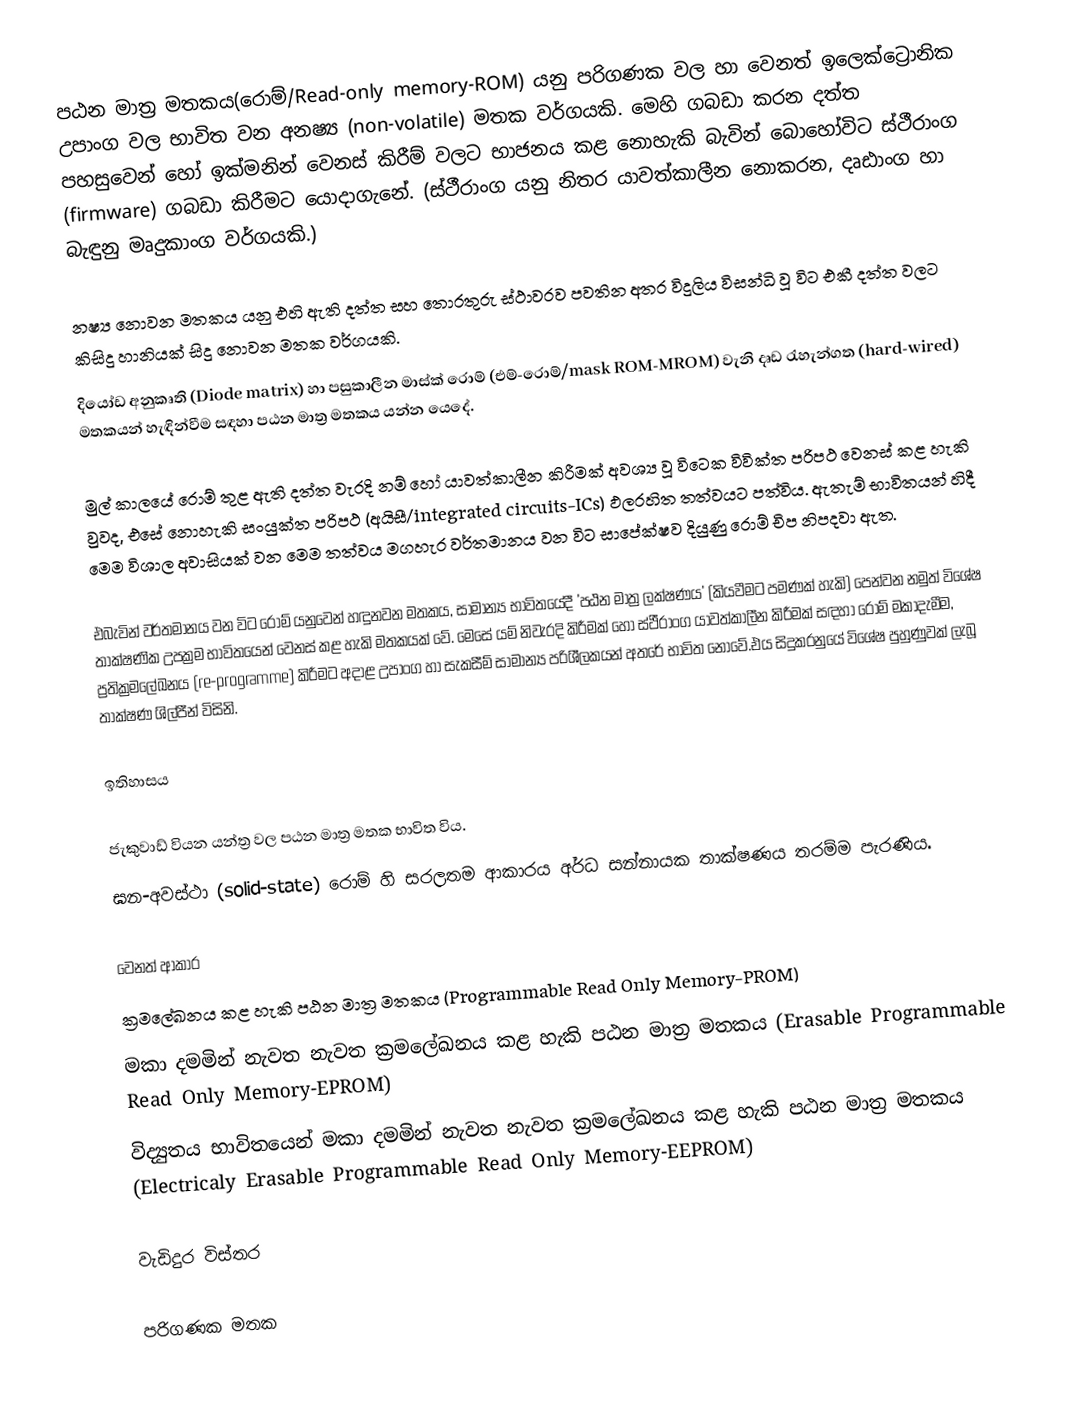
පඨන මාත්‍ර මතකය(රොම්/Read-only memory-ROM) යනු පරිගණක වල හා වෙනත් ඉලෙක්ට්‍රොනික උපාංග වල භාවිත වන අනෂ්‍ය (non-volatile) මතක වර්ගයකි. මෙහි ගබඩා කරන දත්ත පහසුවෙන් හෝ ඉක්මනින් වෙනස් කිරීම් වලට භාජනය කළ නොහැකි බැවින් බොහෝවිට ස්ථීරාංග (firmware) ගබඩා කිරීමට යොදාගැනේ. (ස්ථීරාංග යනු නිතර යාවත්කාලීන නොකරන, දෘඪාංග හා බැඳුනු මෘදුකාංග වර්ගයකි.)

නෂ්‍ය නොවන මතකය යනු එහි ඇති දත්ත සහ තොරතුරු ස්ථාවරව පවතින අතර විදුලිය විසන්ධි වූ විට  එකී දත්ත වලට කිසිදු හානියක් සිදු නොවන මතක වර්ගයකි.
දියෝඩ අනුකෘති (Diode matrix) හා පසුකාලීන මාස්ක් රොම් (එම්-රොම්/mask ROM-MROM) වැනි දෘඩ රැහැන්ගත (hard-wired) මතකයන් හැඳින්වීම සඳහා පඨන මාත්‍ර මතකය යන්න ‍යෙදේ.

මුල් කාලයේ රොම් තුළ ඇති දත්ත වැරදි නම් හෝ යාවත්කාලීන කිරීමක් අවශ්‍ය වූ විටෙක විවික්ත පරිපථ වෙනස් කළ හැකි වුවද, එසේ නොහැකි සංයුක්ත පරිපථ (අයිසී/integrated circuits-ICs) ඵලරහිත තත්වයට පත්විය. ඇතැම් භාවිතයන් හිදී මෙම විශාල අවාසියක් වන මෙම තත්වය මගහැර වර්තමානය වන විට සාපේක්ෂව දියුණු රොම් චිප නිපදවා ඇත.

එබැවින් වර්තමානය වන විට රොම් යනුවෙන් හඳුනවන මතකය, සාමාන්‍ය භාවිතයේදී 'පඨන මාත්‍ර ලක්ෂණය' (කියවීමට පමණක් හැකි) පෙන්වන නමුත් විශේෂ තාක්ෂණික උපක්‍රම භාවිතයෙන් වෙනස් කළ හැකි මතකයක් වේ. මෙසේ යම් නිවැරදි කිරීමක් හෝ ස්ථීරාංග යාවත්කාලීන කිරීමක් සඳහා රොම් මකාදැමීම, ප්‍රතික්‍රමලේඛනය (re-programme)  කිරීමට අදාළ  උපාංග හා සැකසීම් සාමාන්‍ය පරිශීලකයන් අතරේ භාවිත නොවේ.එය සිදුකරනුයේ විශේෂ පුහුණුවක් ලැබූ තාක්ෂණ ශිල්පීන් විසිනි.

ඉතිහාසය

ජැකුවාඩ් වියන යන්ත්‍ර වල පඨන මාත්‍ර මතක භාවිත විය.
ඝන-අවස්ථා (solid-state) රොම් හි සරලතම ආකාරය අර්ධ සන්නායක තාක්ෂණය තරම්ම පැරණිය.

වෙනත් ආකාර
 ක්‍රමලේඛනය කළ හැකි පඨන මාත්‍ර මතකය (Programmable Read Only Memory-PROM)
 මකා දමමින් නැවත නැවත ක්‍රමලේඛනය කළ හැකි පඨන මාත්‍ර මතකය (Erasable Programmable Read Only Memory-EPROM)
 විද්‍යුතය භාවිතයෙන් මකා දමමින් නැවත නැවත ක්‍රමලේඛනය කළ හැකි පඨන මාත්‍ර මතකය (Electricaly Erasable Programmable Read Only Memory-EEPROM)

වැඩිදුර විස්තර

පරිගණක මතක